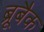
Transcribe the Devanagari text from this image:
ब्रूबैक